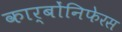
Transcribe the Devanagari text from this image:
कार्बोंनिफेरस